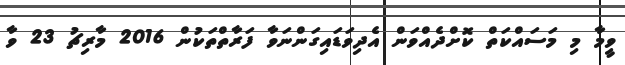
ވީމާ މި މަސައްކަތް ކޮށްދެއްވަން އެދިވަޑައިގަންނަވާ ފަރާތްތަކުން 2016 މާރިޗު 23 ވާ